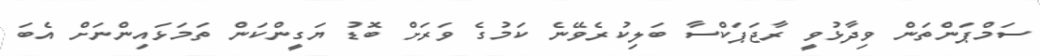
ސަމްޕަންތަން ވިދާޅުވީ ރާޖަޕަކްސާ ބަލިކުރެވޭނެ ކަމުގެ ވަރަށް ބޮޑު ޔަގީންކަން ތަމަޅައިންނަށް އެބަ